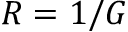
R = 1 / G